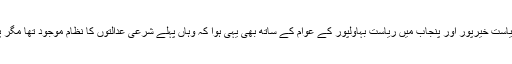
اور یہ ظلم صرف سوات کے عوام کے ساتھ نہیں ہوا بلکہ بلوچستان میں ریاست قلات سندھ میں ریاست خیرپور اور پنجاب میں ریاست بہاولپور کے عوام کے ساتھ بھی یہی ہوا کہ وہاں پہلے شرعی عدالتوں کا نظام موجود تھا مگر پاکستان کے ساتھ الحاق ہوتے ہی ان ریاستوں کے عوام کو شرعی عدالتوں سے محروم کر دیا گیا۔